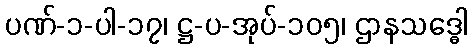
ပဏ်-၁-ပါ-၁၇၊ ဋ္ဌ-ပ-အုပ်-၁၀၅၊ ဌာနသဒ္ဓေါ